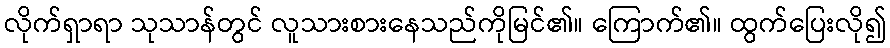
လိုက်ရှာရာ သုသာန်တွင် လူသားစားနေသည်ကိုမြင်၏။ ကြောက်၏။ ထွက်ပြေးလို၍